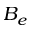
B _ { e }